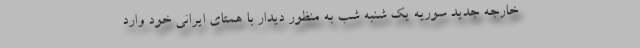
خارجه جدید سوریه یک شنبه شب به منظور دیدار با همتای ایرانی خود وارد